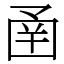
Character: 圅